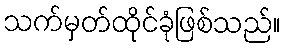
သက်မှတ်ထိုင်ခုံဖြစ်သည်။